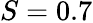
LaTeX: S=0.7